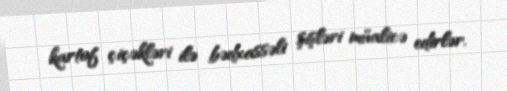
kartof çiçəkləri ilə bədxassəli şişləri müalicə edirlər.